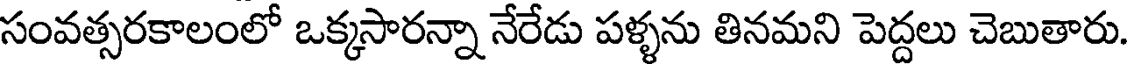
సంవత్సరకాలంలో ఒక్కసారన్నా నేరేడు పళ్ళను తినమని పెద్దలు చెబుతారు.